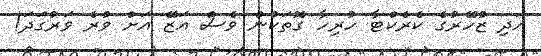
އަދި ޒުހޭރުގެ ކެރެކްޓާ ހުރިހާ ގޮތަކުން ވެސް އަޒޭ އަށް ވުރެ ވަރުގަދަ!